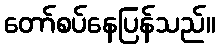
တော်စပ်နေပြန်သည်။